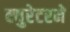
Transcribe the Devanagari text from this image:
क्युरेटरने